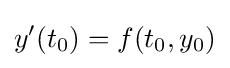
y'(t_{0})=f(t_{0},y_{0})